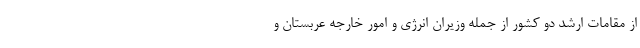
از مقامات ارشد دو کشور از جمله وزیران انرژی و امور خارجه عربستان و